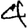
Digit: 4